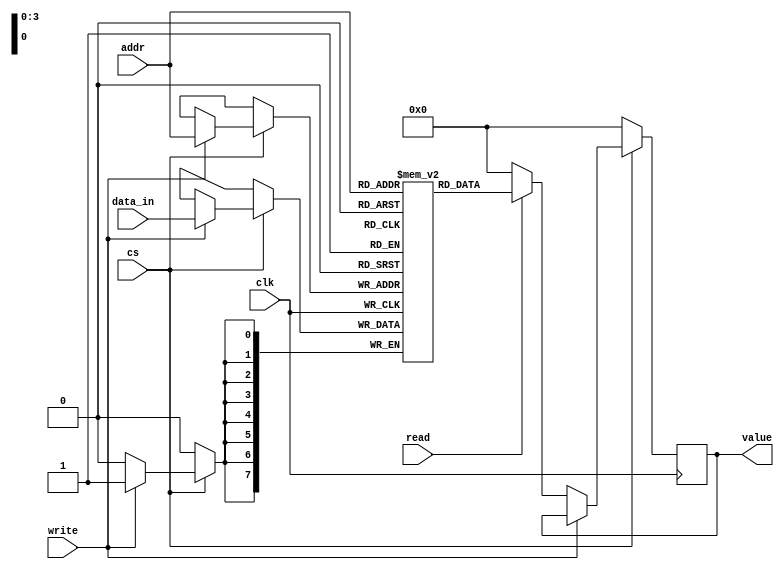
`timescale 1ns / 1ps
//////////////////////////////////////////////////////////////////////////////////
// Company: 
// Engineer: 
// 
// Design Name: 
// Module Name: syn_single_p_ram
// Project Name: 
// Target Devices: 
// Tool Versions: 
// Description: 
// 
// Dependencies: 
// 
// Revision:
// Revision 0.01 - File Created
// Additional Comments:
// 
//////////////////////////////////////////////////////////////////////////////////


module syn_single_p_ram(
    input clk,
    input read,
    input write,
    input cs,
    input [3:0] addr,
    input [7:0] data_in,
    output reg [7:0] value
    );
    reg [7:0] mem_loc [15:0];
    always @ (posedge clk)
    if(cs)
    begin
        if(write)
            mem_loc[addr] <= data_in;
        else if (read)
            value <= mem_loc[addr];
        else
            value <= 8'h00;
    end
    else
        value <= 8'h00;
endmodule